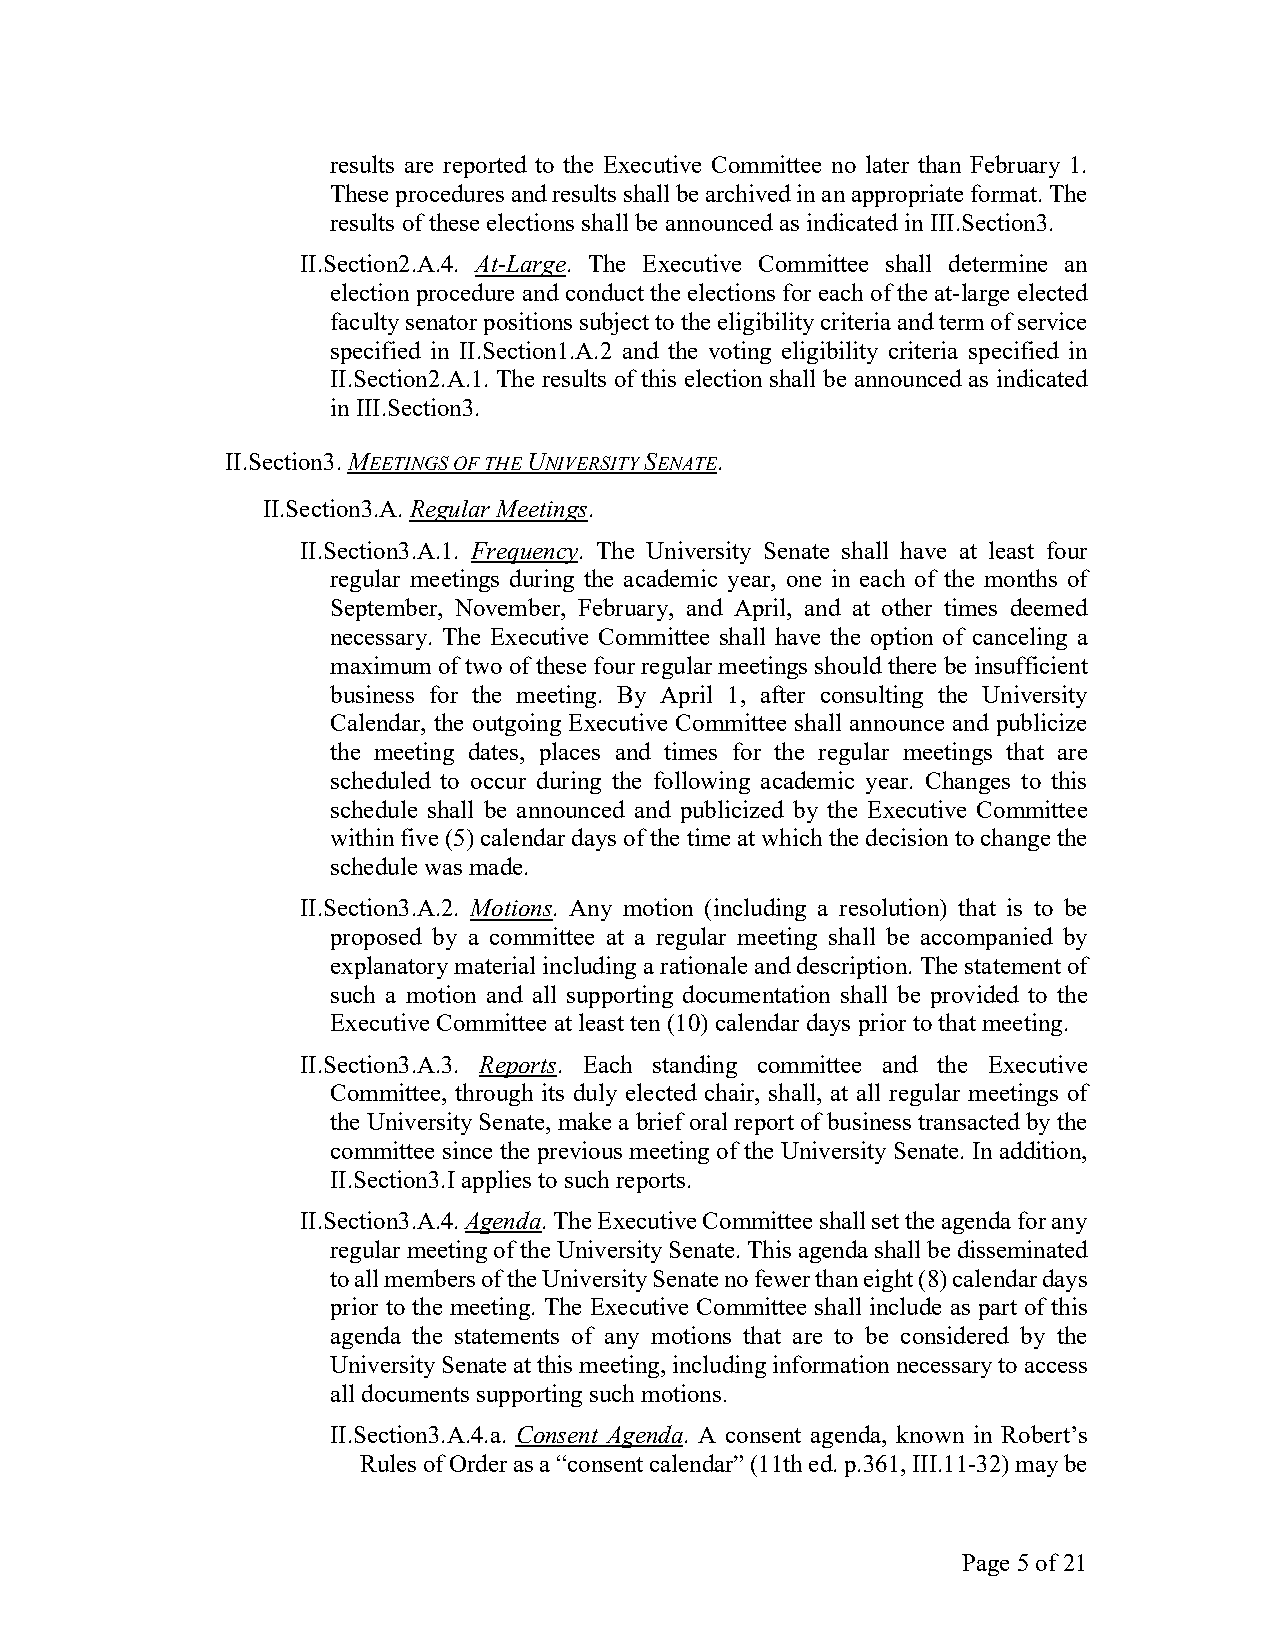
results are reported to the Executive Committee no later than February 1.
 These procedures and results shall be archived in an appropriate format. The
 results of these elections shall be announced as indicated in III.Section3.
 II.Section2.A.4. At-Large. The Executive Committee shall determine an
 election procedure and conduct the elections for each of the at-large elected
 faculty senator positions subject to the eligibility criteria and term of service
 specified in II.Section1.A.2 and the voting eligibility criteria specified in
 II.Section2.A.1. The results of this election shall be announced as indicated
 in III.Section3.
 II.Section3. MEETINGS OF THE UNIVERSITY SENATE.
 II.Section3.A. Regular Meetings.
 II.Section3.A.1. Frequency. The University Senate shall have at least four
 regular meetings during the academic year, one in each of the months of
 September, November, February, and April, and at other times deemed
 necessary. The Executive Committee shall have the option of canceling a
 maximum of two of these four regular meetings should there be insufficient
 business for the meeting. By April 1, after consulting the University
 Calendar, the outgoing Executive Committee shall announce and publicize
 the meeting dates, places and times for the regular meetings that are
 scheduled to occur during the following academic year. Changes to this
 schedule shall be announced and publicized by the Executive Committee
 within five (5) calendar days of the time at which the decision to change the
 schedule was made.
 II.Section3.A.2. Motions. Any motion (including a resolution) that is to be
 proposed by a committee at a regular meeting shall be accompanied by
 explanatory material including a rationale and description. The statement of
 such a motion and all supporting documentation shall be provided to the
 Executive Committee at least ten (10) calendar days prior to that meeting.
 II.Section3.A.3. Reports. Each standing committee and the Executive
 Committee, through its duly elected chair, shall, at all regular meetings of
 the University Senate, make a brief oral report of business transacted by the
 committee since the previous meeting of the University Senate. In addition,
 II.Section3.I applies to such reports.
 II.Section3.A.4. Agenda. The Executive Committee shall set the agenda for any
 regular meeting of the University Senate. This agenda shall be disseminated
 to all members of the University Senate no fewer than eight (8) calendar days
 prior to the meeting. The Executive Committee shall include as part of this
 agenda the statements of any motions that are to be considered by the
 University Senate at this meeting, including information necessary to access
 all documents supporting such motions.
 II.Section3.A.4.a. Consent Agenda. A consent agenda, known in Robert’s
 Rules of Order as a “consent calendar” (11th ed. p.361, III.11-32) may be
 Page 5 of 21